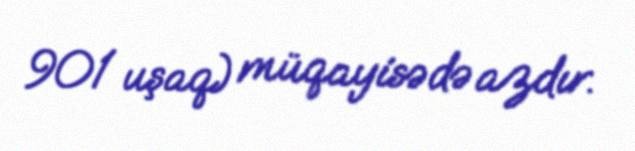
901 uşaq) müqayisədə azdır.